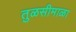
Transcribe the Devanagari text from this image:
तुळसीमाळा